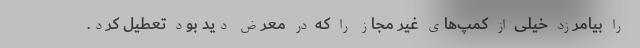
را بیامرزد خیلی از کمپ‌های غیر مجاز را که در معرض دید بود تعطیل کرد.